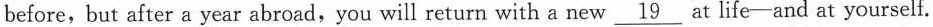
before, but after a year abroad,you will return with a new \underline{19} at life-and at yourself.